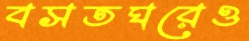
বসতঘরেও